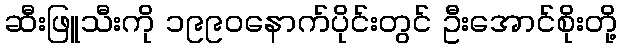
ဆီးဖြူသီးကို ၁၉၉၀နောက်ပိုင်းတွင် ဦးအောင်စိုးတို့